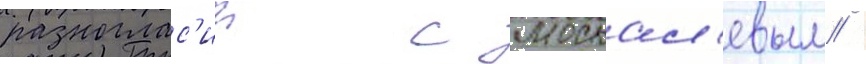
разноглас'ии с москал'евым /